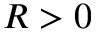
R > 0